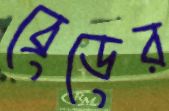
ব্রেডের